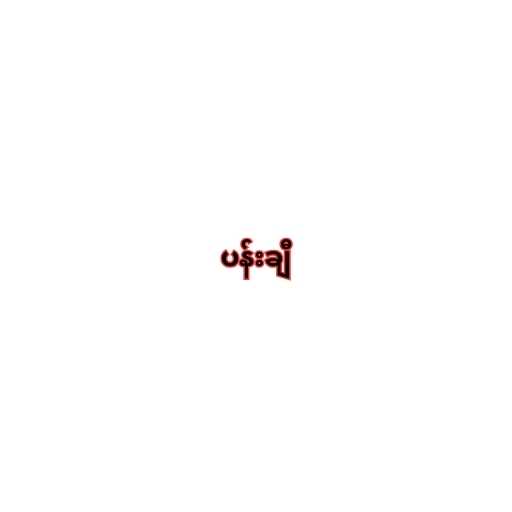
ပန်းချီ